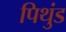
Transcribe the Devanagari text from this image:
पिथुंड